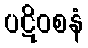
ပဋိဝစနံ